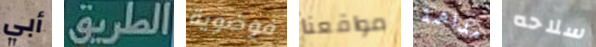
أبي الطريق فوضوية مواقعنا مداهمة سلاحه